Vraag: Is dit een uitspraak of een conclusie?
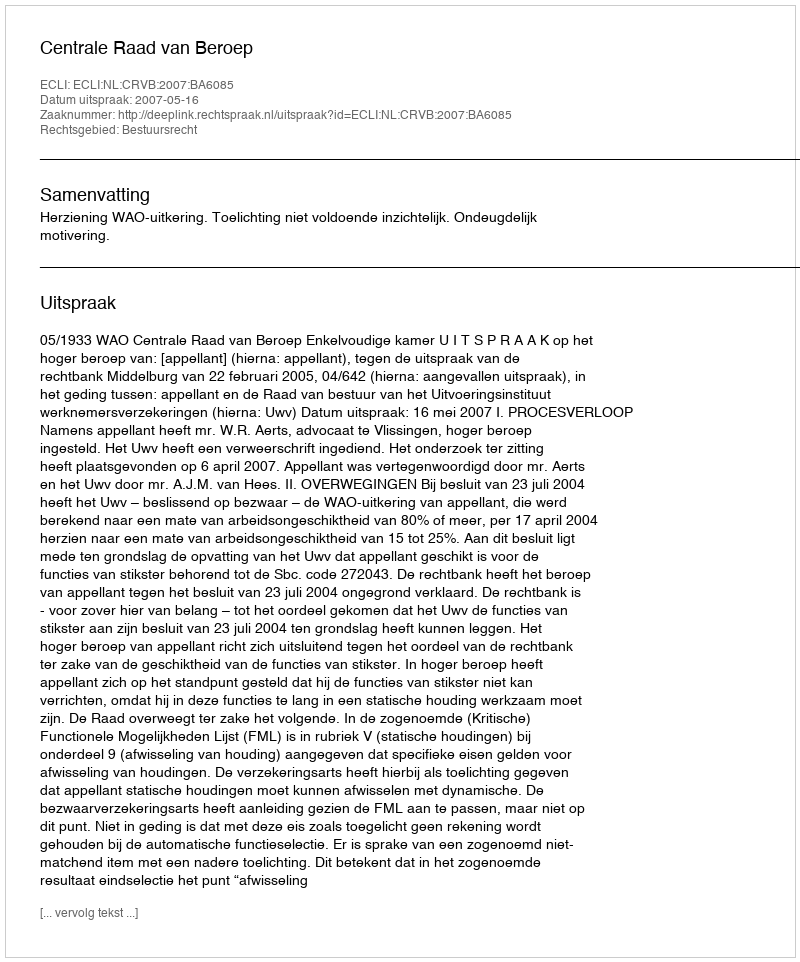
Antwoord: Uitspraak